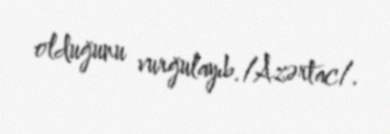
olduğunu vurğulayıb./Azərtac/.